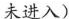
未进入)